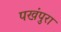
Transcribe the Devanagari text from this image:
पखंपुरा